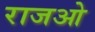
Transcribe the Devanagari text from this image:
राजओ